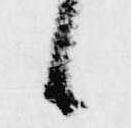
候